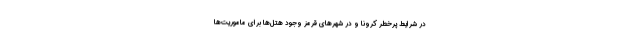
در شرایط پرخطر کرونا و در شهرهای قرمز وجود هتل‌ها برای ماموریت‌ها